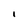
Character: i